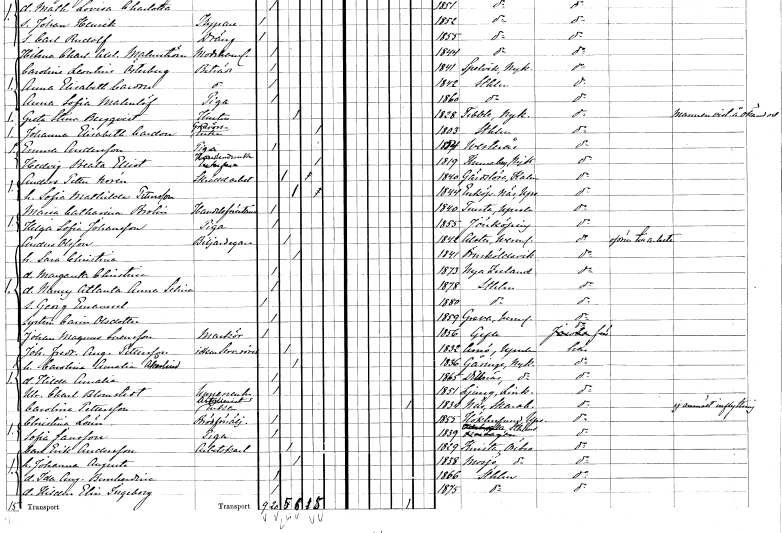
gt_parse: households: individuals: FN: Hedvig Beata
EN: Elliot
YRKE: Handlandeänka
KON: K
CIV: E
FODAR: 1819
FODFORS: Tunaberg Södermanlands län
FN: Anders Petter
EN: Norén
YRKE: Skrädderiarbetare
KON: M
CIV: G
FODAR: 1840
FODFORS: Gärdslösa Kalmar län
FN: Sofia Mathilda
EN: Pettersson
KON: K
CIV: G
FODAR: 1844
FODFORS: Enköpings-Näs Uppsala län
FN: Maria Catharina
EN: Brolin
YRKE: Handelsförestånderska
KON: K
CIV: O
FODAR: 1840
FODFORS: Tensta Uppsala län
FN: Helga Sofia
EN: Johansson
YRKE: Piga
KON: K
CIV: O
FODAR: 1855
FODFORS: Jönköping Jönköpings län
FN: Anders
EN: Olsson
YRKE: Biljardägare
KON: M
CIV: G
FODAR: 1842
FODFORS: Alster Värmlands län
FN: Sara Christina
KON: K
CIV: G
FODAR: 1841
FODFORS: Örnsköldsvik Västernorrlands län
FN: Margareta Christina
KON: K
CIV: O
FODAR: 1873
FN: Nanny Atlanta Anna Selina
KON: K
CIV: O
FODAR: 1878
FODFORS: Stockholm
FN: Georg Emanuel
KON: M
CIV: O
FODAR: 1880
FODFORS: Stockholm
FN: Carin
EN: Olsdotter
KON: K
CIV: O
FODAR: 1859
FODFORS: Grava Värmlands län
FN: Johan Magnus
EN: Svensson
YRKE: Markör
KON: M
CIV: O
FODAR: 1856
FODFORS: Gävle Gävleborgs län
FN: Johan Fredrik August
EN: Pettersson
YRKE: Serveringsidkare
KON: M
CIV: G
FODAR: 1832
FODFORS: Arnö Uppsala län
FN: Carolina Amalia
EN: Åkerlind
KON: K
CIV: G
FODAR: 1836
FODFORS: Gåsinge Södermanlands län
FN: Hilda Amalia
KON: K
CIV: O
FODAR: 1865
FODFORS: Dillnäs Södermanlands län
FN: Ulrika Charlotta
EN: Blomstedt
YRKE: Uppasserska
KON: K
CIV: O
FODAR: 1851
FODFORS: Ljung Östergötlands län
FN: Carolina
EN: Pettersson
YRKE: Artilleristsänka
KON: K
CIV: E
FODAR: 1834
FODFORS: Näs Skaraborgs län
FN: Christina
EN: Lönn
YRKE: Brödförsäljerska
KON: K
CIV: O
FODAR: 1855
FODFORS: Hökhuvud Uppsala län
FN: Sofia
EN: Jansson
YRKE: Piga
KON: K
CIV: O
FODAR: 1839
FODFORS: Stockholm
FN: Carl Erik
EN: Andersson
YRKE: Arbetskarl
KON: M
CIV: G
FODAR: 1829
FODFORS: Knista Örebro län
FN: Johanna Augusta
KON: K
CIV: G
FODAR: 1838
FODFORS: Mosjö Örebro län
FN: Ida Augusta Bernhardina
KON: K
CIV: O
FODAR: 1866
FODFORS: Stockholm
FN: Hildur Elin Ingeborg
KON: K
CIV: O
FODAR: 1875
FODFORS: Stockholm